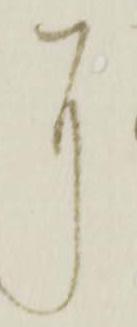
に